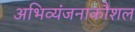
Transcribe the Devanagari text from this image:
अभिव्यंजनाकौशल